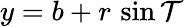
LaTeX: y=b+r\, \sin\mathcal{T}\,